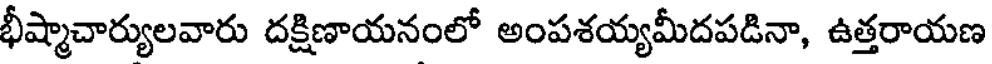
భీష్మాచార్యులవారు దక్షిణాయనంలో అంపశయ్యమీదపడినా, ఉత్తరాయణ